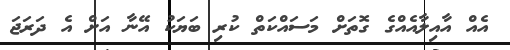
އެއް އާއިލާއެއްގެ ގޮތަށް މަސައްކަތް ކުރި ބަޔަކު އޭނާ އަށް އެ ދަރަޖަ